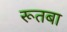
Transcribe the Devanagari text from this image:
रूतबा